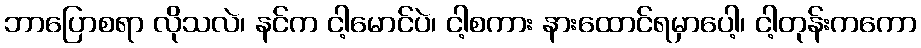
ဘာပြောစရာ လိုသလဲ၊ နင်က ငါ့မောင်ပဲ၊ ငါ့စကား နားထောင်ရမှာပေါ့၊ ငါ့တုန်းကကော